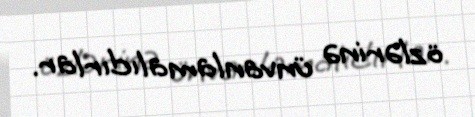
özlərinə ünvanlamalıdırlar.